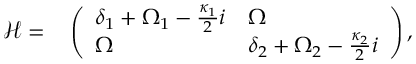
\begin{array} { r l } { \mathcal { H } = } & { { } \left( \begin{array} { l l } { \delta _ { 1 } + \Omega _ { 1 } - \frac { \kappa _ { 1 } } { 2 } i } & { \Omega } \\ { \Omega } & { \delta _ { 2 } + \Omega _ { 2 } - \frac { \kappa _ { 2 } } { 2 } i } \end{array} \right) , } \end{array}